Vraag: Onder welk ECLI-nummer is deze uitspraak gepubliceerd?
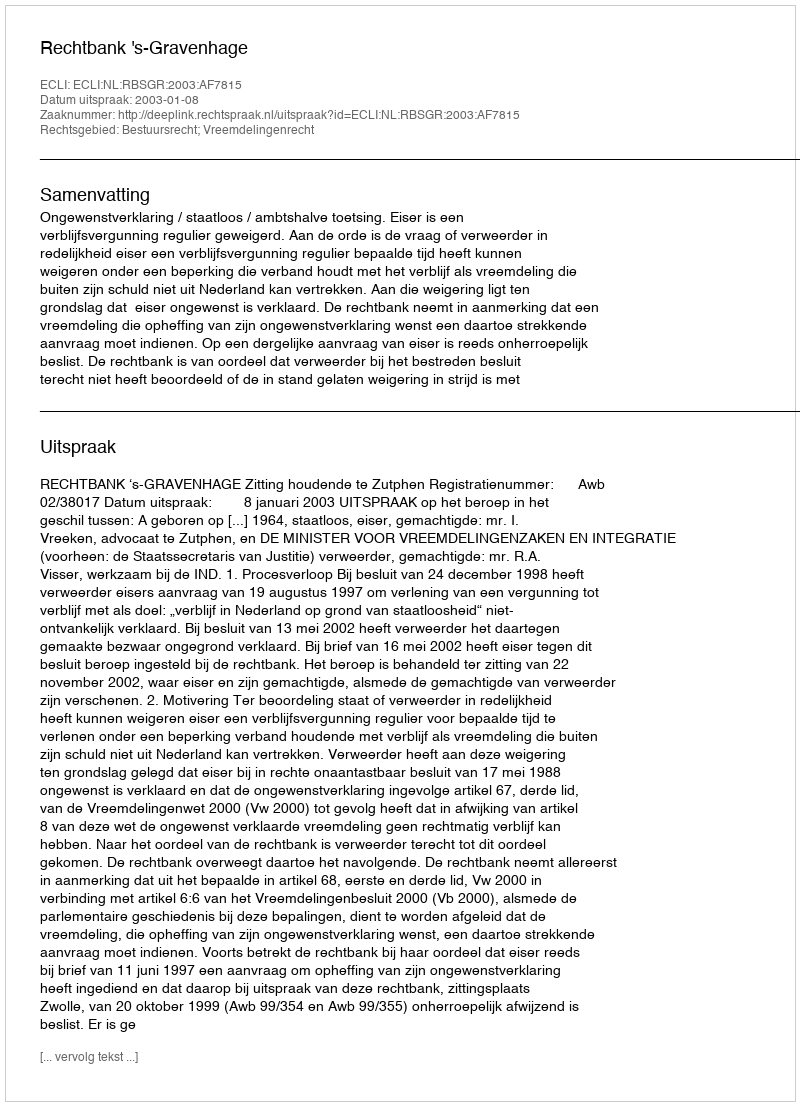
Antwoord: ECLI:NL:RBSGR:2003:AF7815